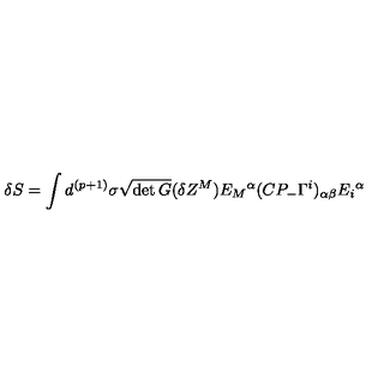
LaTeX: \delta S = \int d ^ { ( p + 1 ) } \sigma \sqrt { \det G } ( \delta Z ^ { M } ) E _ { M } { } ^ { \alpha } ( C P _ { - } \Gamma ^ { i } ) _ { \alpha \beta } E _ { i } { } ^ { \alpha }